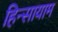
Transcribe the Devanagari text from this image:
हिन्सायाम